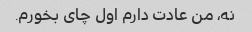
نه، من عادت دارم اول چای بخورم.